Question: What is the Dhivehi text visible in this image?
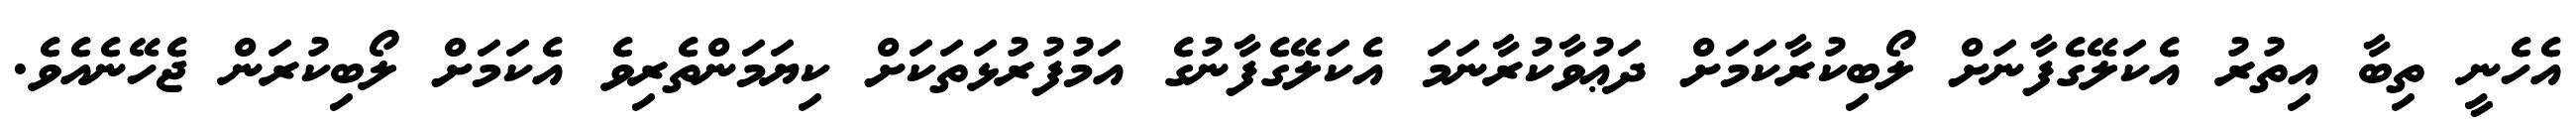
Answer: އެހެނީ ތިބާ އިތުރު އެކަލޭގެފާނަށް ލޯބިކުރާކަމަށް ދަޢުވާކުރާނަމަ އެކަލޭގެފާނުގެ އަމުފުރުޅަތަކަށް ކިޔަމަންތެރިވެ އެކަމަށް ލޯބިކުރަން ޖެހޭނެއެވެ.